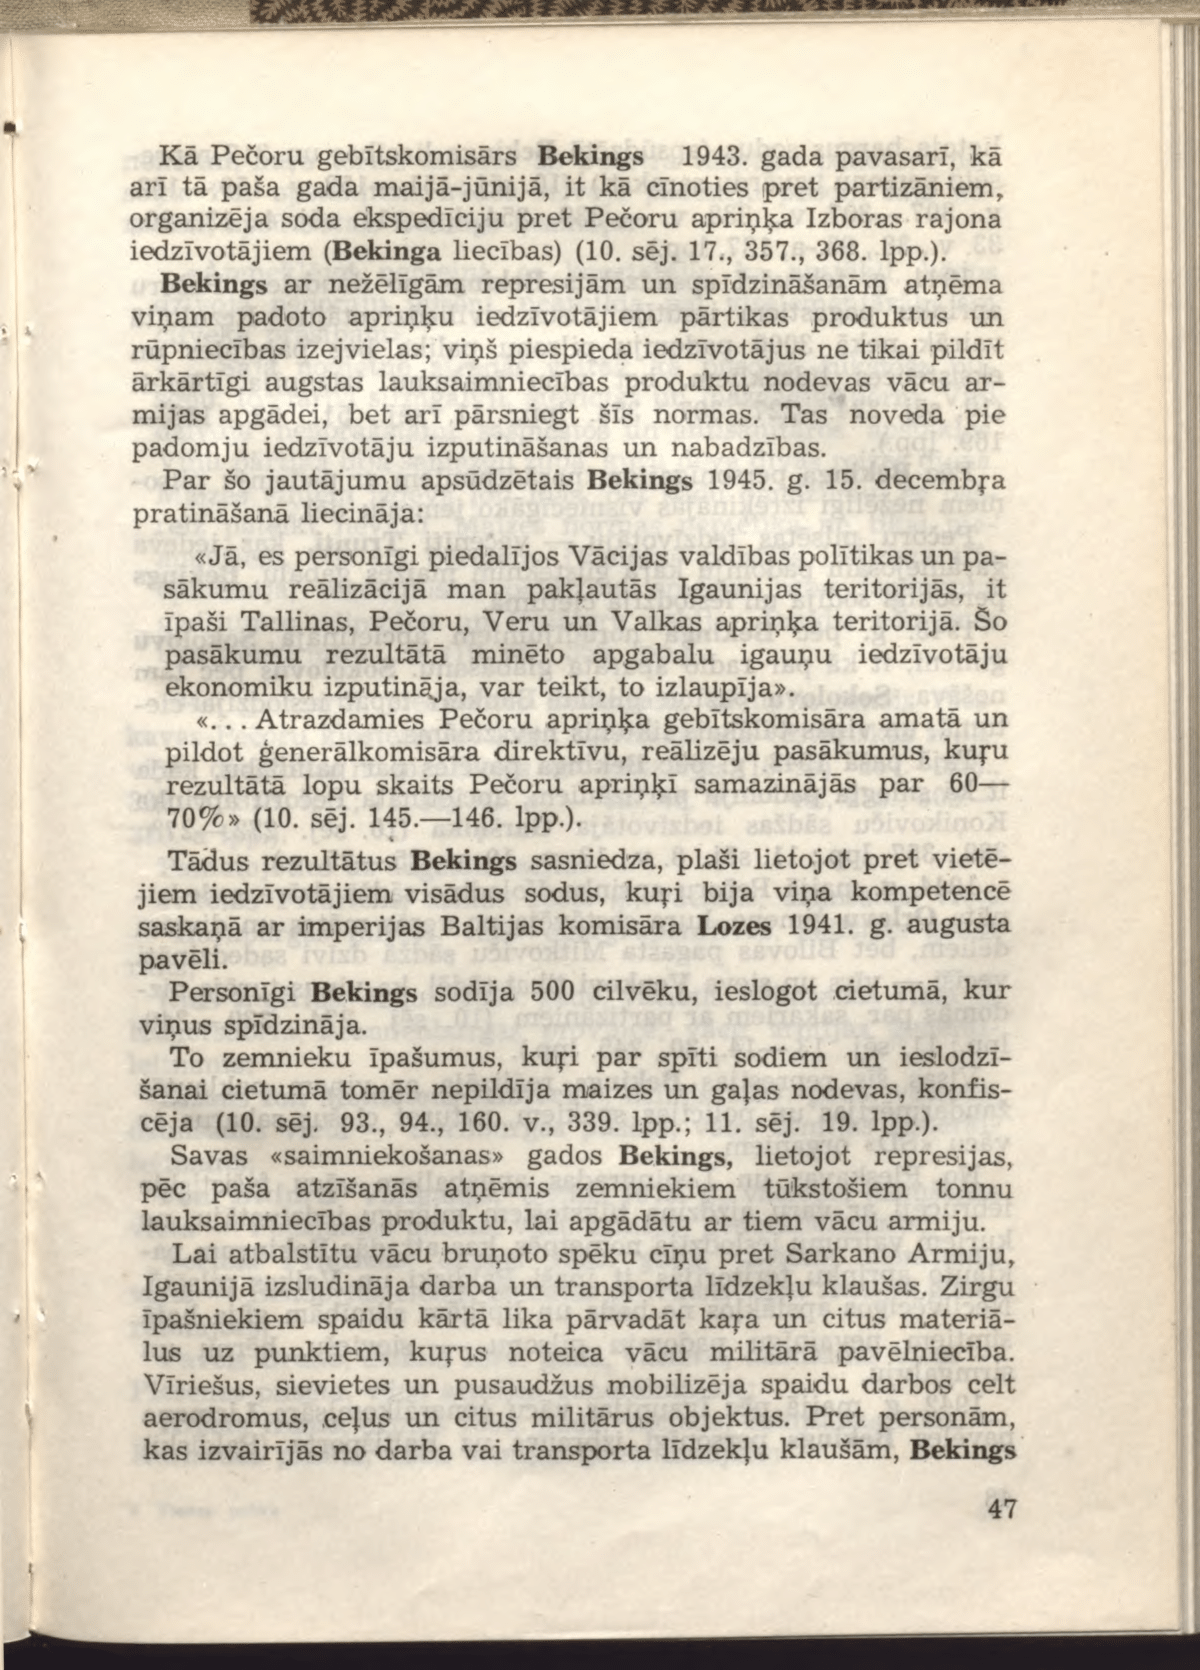
Language: lv